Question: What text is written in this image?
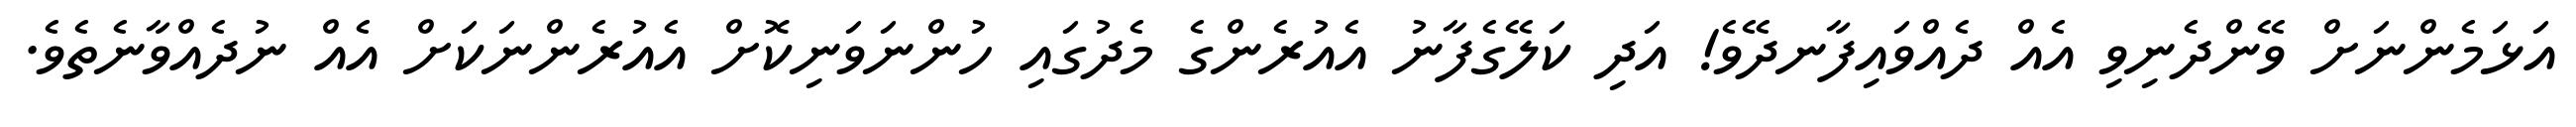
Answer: އަޅަމެންނަށް ވޭންދެނިވި އެއް ދެއްވައިފާނދޭވެ! އަދި ކަލޭގެފާނު އެއުރެންގެ މެދުގައި ހުންނަވަނިކޮށް އެއުރެންނަކަށް އެއް ނުދެއްވާނެތެވެ.